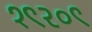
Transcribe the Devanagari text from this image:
१९२०९